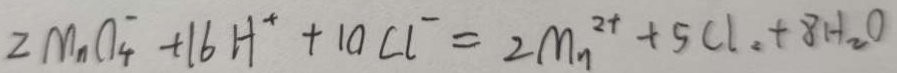
2 M n C _ { 4 } ^ { - } + 1 6 H ^ { + } + 1 0 C I ^ { - } = 2 M n ^ { 2 + } + 5 C l _ { 2 } + 8 H _ { 2 } O